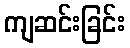
ကျဆင်းခြင်း